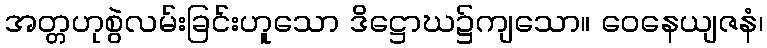
အတ္တဟုစွဲလမ်းခြင်းဟူသော ဒိဋ္ဌောဃ၌ကျသော။ ဝေနေယျဇနံ၊